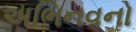
અભિનવનો